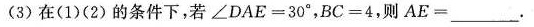
(3)在(1)(2)的条件下，若 $$∠ D A E = 3